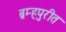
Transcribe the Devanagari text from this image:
ब्रम्हपुरीत